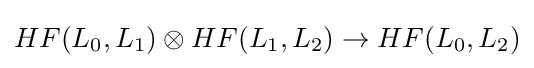
HF(L_{0},L_{1})\otimes HF(L_{1},L_{2})\rightarrow HF(L_{0},L_{2})